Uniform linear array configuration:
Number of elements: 16
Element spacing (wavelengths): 0.5
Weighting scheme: binomial
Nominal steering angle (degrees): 45
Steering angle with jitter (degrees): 46.674
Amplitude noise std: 0.05
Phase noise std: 0.05

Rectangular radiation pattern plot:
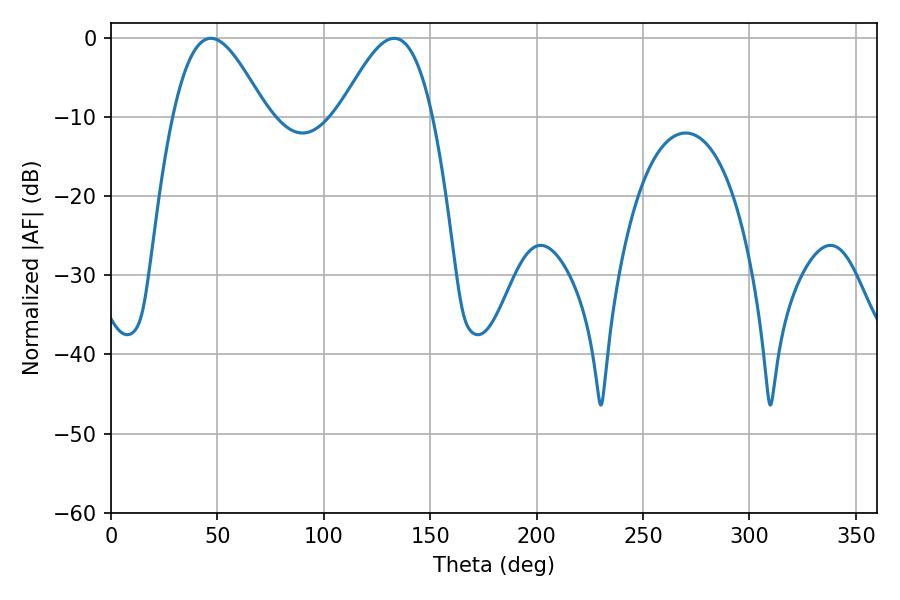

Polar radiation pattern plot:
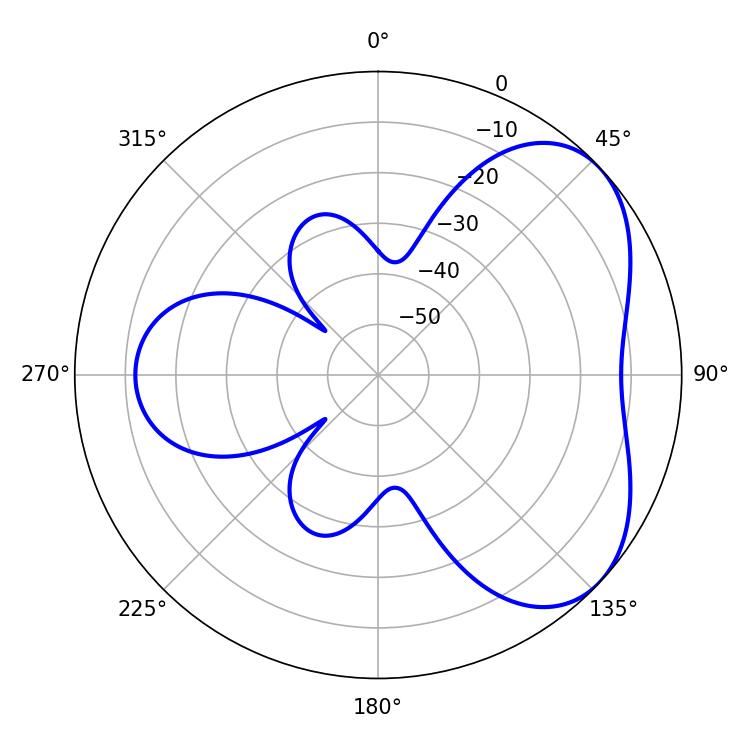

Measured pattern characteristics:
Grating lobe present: FALSE
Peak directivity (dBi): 4.734
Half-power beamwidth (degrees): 23.58
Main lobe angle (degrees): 46.98